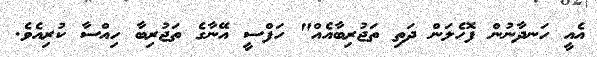
އެއީ ހަނދާނުން ފޮހެލަން ދަތި ތަޖުރިބާއެއް" ހަފްސީ އޭނާގެ ތަޖުރިބާ ހިއްސާ ކުރިއެވެ.